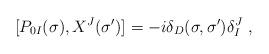
LaTeX: \begin{align*}[P_{0I}(\sigma),X^{J}(\sigma')]=-i\delta_D (\sigma,\sigma') \delta_{I}^{J} \ ,\end{align*}